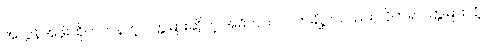
အလွန်အဖိုးထိုက်တန်တဲ့ ပတ္တမြားဆိုတဲ့ အဓိပ္ပာယ်ပါ။ တချို့ကလည်း လိုတရ ပတ္တမြားလို့